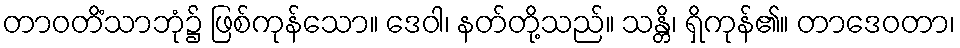
တာဝတိံသာဘုံ၌ ဖြစ်ကုန်သော။ ဒေဝါ၊ နတ်တို့သည်။ သန္တိ၊ ရှိကုန်၏။ တာဒေဝတာ၊